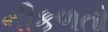
નીકળતો